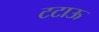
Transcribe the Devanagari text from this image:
टटाऊ